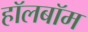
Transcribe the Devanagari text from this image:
हॉलबॉम